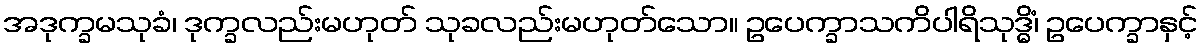
အဒုက္ခမသုခံ၊ ဒုက္ခလည်းမဟုတ် သုခလည်းမဟုတ်သော။ ဥပေက္ခာသကိပါရိသုဒ္ဓိံ၊ ဥပေက္ခာနှင့်